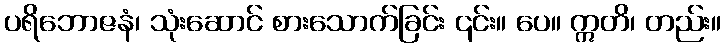
ပရိဘောဇနံ၊ သုံးဆောင် စားသောက်ခြင်း ၎င်း။ ပေ။ ဣတိ၊ တည်း။